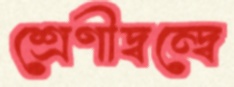
শ্রেণীদ্বন্দ্বে